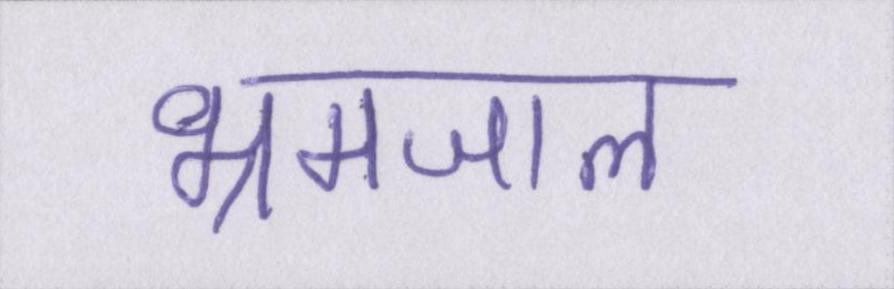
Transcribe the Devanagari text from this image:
भ्रमजाल